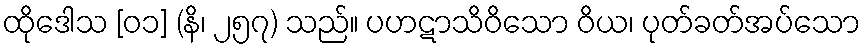
ထိုဒေါသ [၀၁] (နိ၊ ၂၅၇) သည်။ ပဟဋာသိဝိသော ဝိယ၊ ပုတ်ခတ်အပ်သော